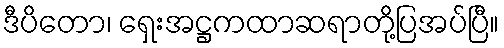
ဒီပိတော၊ ရှေးအဋ္ဌကထာဆရာတို့ပြအပ်ပြီ။